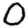
Digit: 0